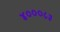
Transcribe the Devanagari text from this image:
४०००८३